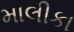
માલીકા